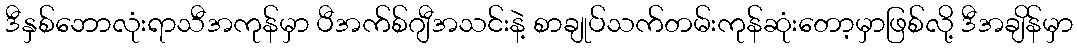
ဒီနှစ်ဘောလုံးရာသီအကုန်မှာ ပီအက်စ်ဂျီအသင်းနဲ့ စာချုပ်သက်တမ်းကုန်ဆုံးတော့မှာဖြစ်လို့ ဒီအချိန်မှာ